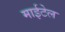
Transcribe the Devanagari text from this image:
माईटेल